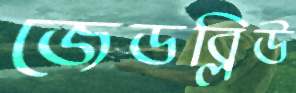
জেডব্লিউ